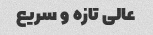
عالی تازه و سریع